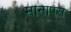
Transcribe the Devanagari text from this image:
मानापस